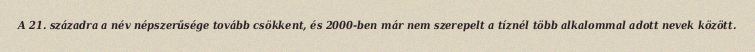
A 21. századra a név népszerűsége tovább csökkent, és 2000-ben már nem szerepelt a tíznél több alkalommal adott nevek között.